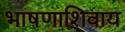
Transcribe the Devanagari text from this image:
भाषणाशिवाय